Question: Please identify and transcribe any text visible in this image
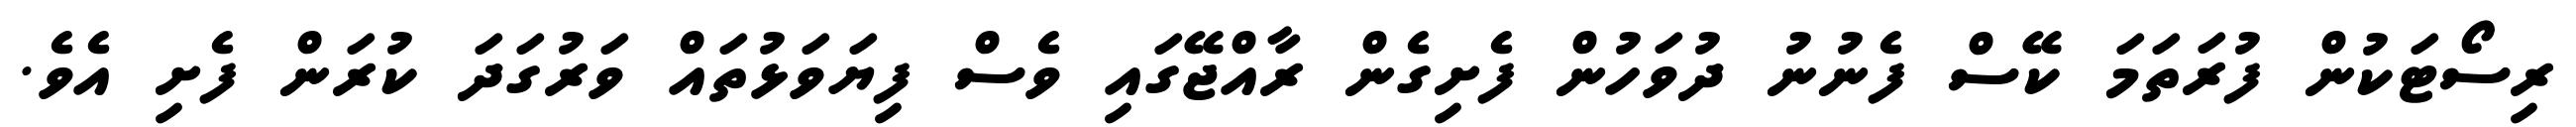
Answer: ރިސޯޓަކުން ފުރަތަމަ ކޭސް ފެނުނު ދުވަހުން ފެށިގެން ރާއްޖޭގައި ވެސް ފިޔަވަޅުތައް ވަރުގަދަ ކުރަން ފެށި އެވެ.